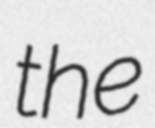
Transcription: the